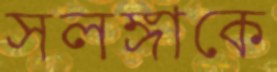
সলঙ্গাকে